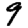
Digit: 9